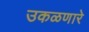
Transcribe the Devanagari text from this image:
उकळणारे